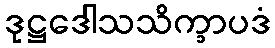
ဒုဋ္ဌဒေါသသိက္ခာပဒံ